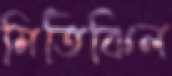
মিতিঝিল